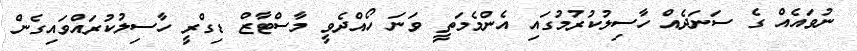
ނުވައެއް ގެ ސަނަދެއް ހާސިލުކުރުމުގައި އެންމެމަތީ ވަނަ ހޯއްދެވީ މާސްޓާޒް ޑިގްރީ ހާސިލުކުރައްވައިގެން